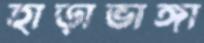
হাড়াভাঙ্গা